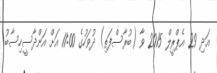
އަދި 29 އެޕްރީލް 2015 ވާ (ބުރާސްފަތި) ދުވަހުގެ 11:00 އަށް އަންދާސީހިސާބު